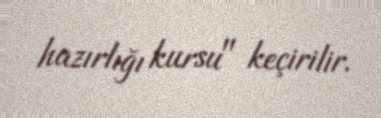
hazırlığı kursu" keçirilir.